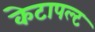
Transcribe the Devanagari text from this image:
केटापल्ट